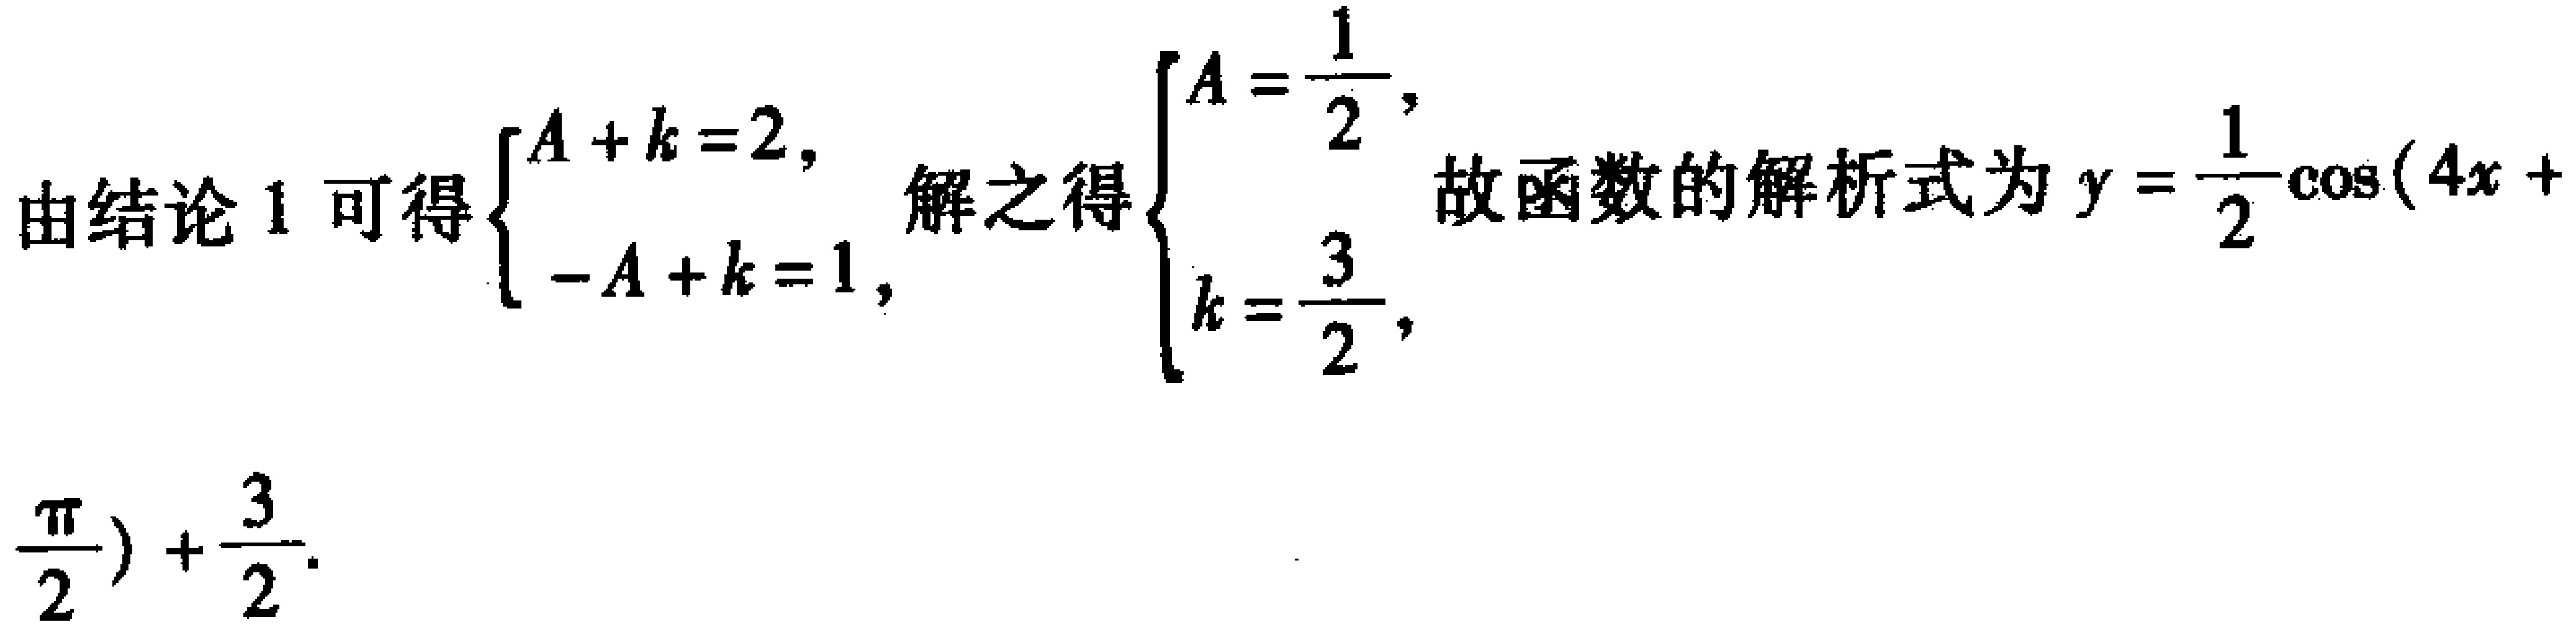
由结论 1 可得$\begin{cases}A + k = 2,\\ -A + k = 1,\end{cases}$解之得$\begin{cases}A = \dfrac{1}{2},\\k = \dfrac{3}{2},\end{cases}$故函数的解析式为$y = \dfrac{1}{2}\cos(4x + \dfrac{\pi}{2})+\dfrac{3}{2}.$